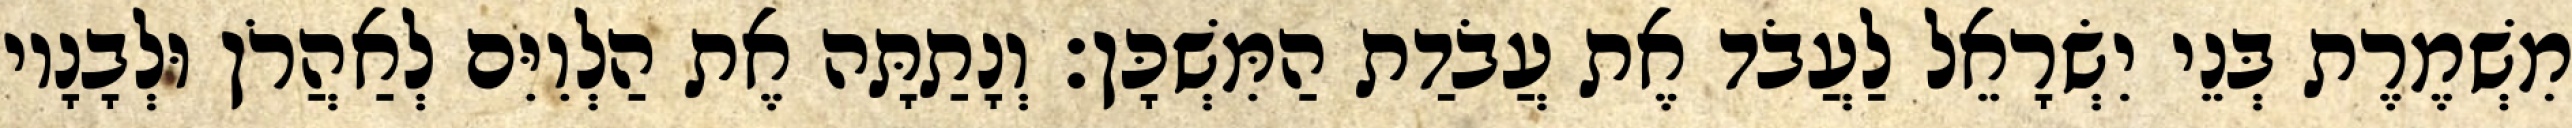
מִשְׁמֶרֶת בְּנֵי יִשְׂרָאֵל לַעֲבֹד אֶת עֲבֹדַת הַמִּשְׁכָּן׃ וְנָתַתָּה אֶת הַלְוִיִּם לְאַהֲרֹן וּלְבָנָיו